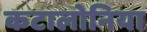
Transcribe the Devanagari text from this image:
कटालोनिया